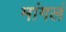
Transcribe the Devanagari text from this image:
मांगलं